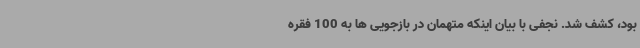
بود، کشف شد. نجفی با بیان اینکه متهمان در بازجویی ها به 100 فقره